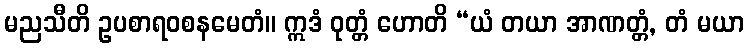
မညသီတိ ဥပစာရဝစနမေတံ။ ဣဒံ ဝုတ္တံ ဟောတိ “ယံ တယာ အာဏတ္တံ, တံ မယာ